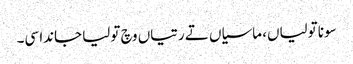
سونا تولیاں، ماسیاں تے رتیاں وچ تولیا جاندا سی۔